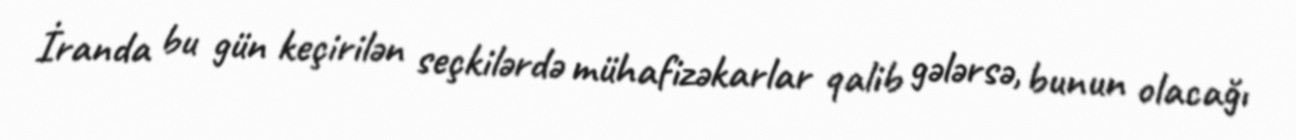
İranda bu gün keçirilən seçkilərdə mühafizəkarlar qalib gələrsə, bunun olacağı